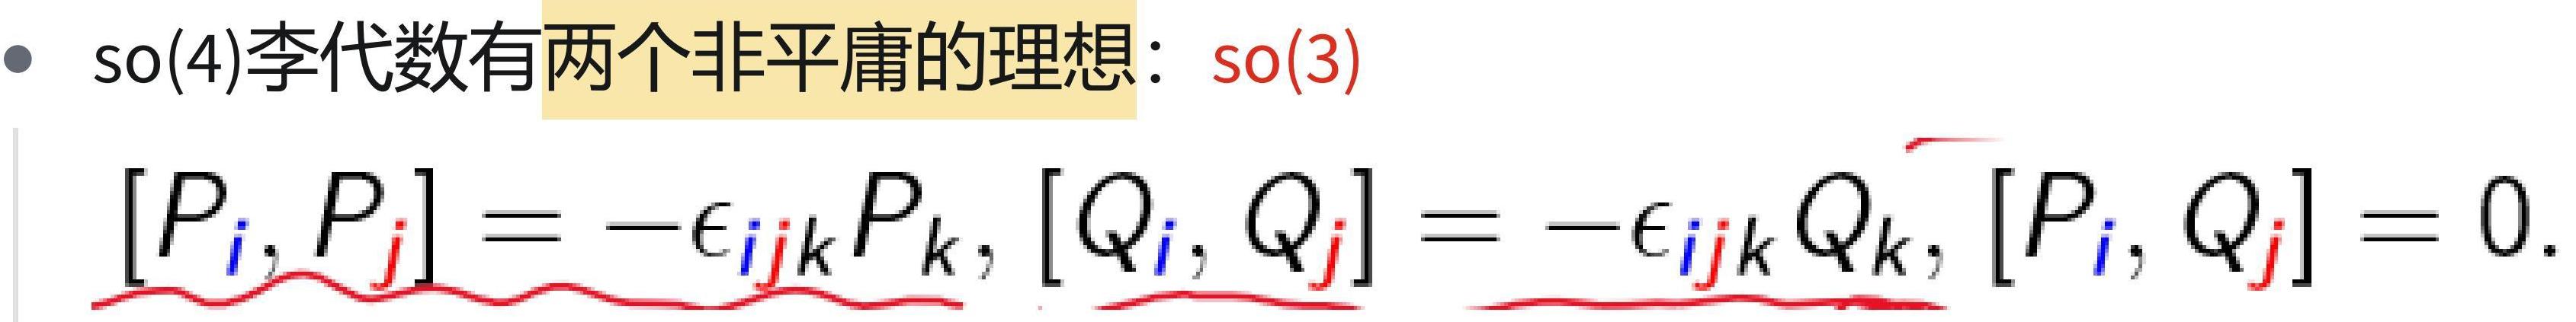
$\mathrm{so}(4)$李代数有两个非平庸的理想：$\mathrm{so}(3)$

$[P_i, P_j]=-\epsilon_{ijk}P_k, [Q_i, Q_j]=-\epsilon_{ijk}Q_k, [P_i, Q_j]=0.$